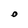
Character: O